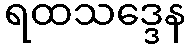
ရထသဒ္ဒေန